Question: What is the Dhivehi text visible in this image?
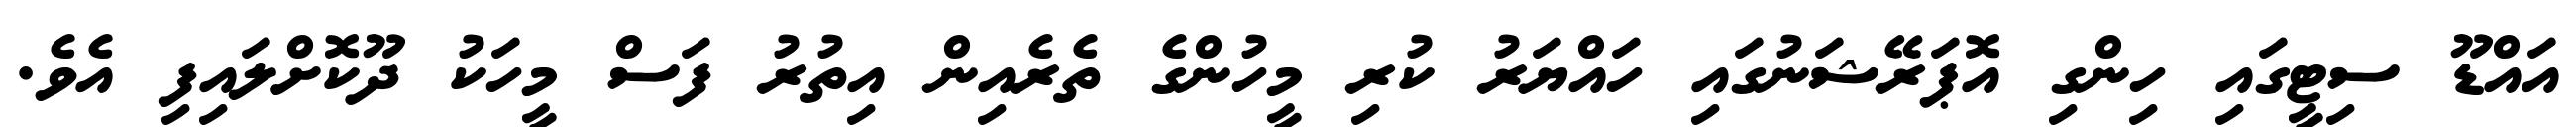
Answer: އައްޑޫ ސިޓީގައި ހިންގި އޮޕަރޭޝަނުގައި ހައްޔަރު ކުރި މީހުންގެ ތެރެއިން އިތުރު ފަސް މީހަކު ދޫކޮށްލައިފި އެވެ.